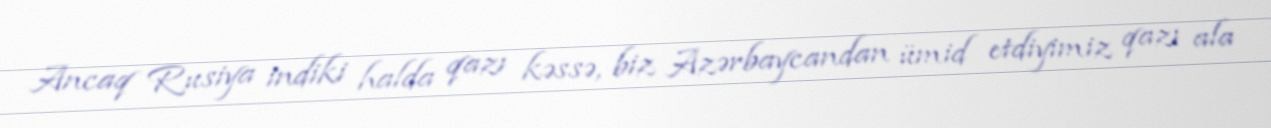
Ancaq Rusiya indiki halda qazı kəssə, biz Azərbaycandan ümid etdiyimiz qazı ala